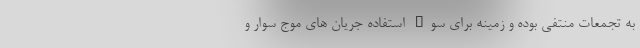
به تجمعات منتفی بوده و زمینه برای سوء استفاده جریان های موج سوار و